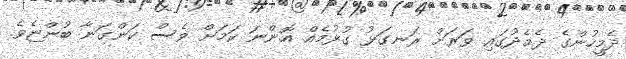
ދެމީހުންގެ ދެމެދުގައި ވަރަށް ރަނގަޅު ގުޅުމެއް އޮންނަ ކަމަށް ވެސް ކަންގަނާ ބުންޏެވެ.